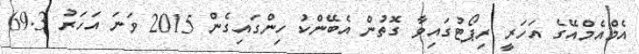
އެމްއެމްއޭގެ އަހަރީ ރިޕޯޓުގައިވާ ގޮތުން އެބޭންކު ހިންގައިގެން 2015 ވަނަ އަހަރު 69.3